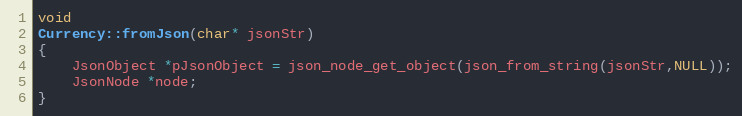
Language: C++
void
Currency::fromJson(char* jsonStr)
{
	JsonObject *pJsonObject = json_node_get_object(json_from_string(jsonStr,NULL));
	JsonNode *node;
}